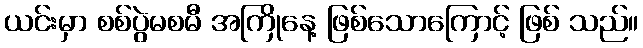
ယင်းမှာ စစ်ပွဲမစမီ အကြိုနေ့ ဖြစ်သောကြောင့် ဖြစ် သည်။